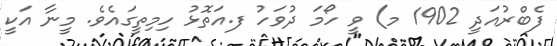
ފެބްރުއަދީ 1902 މ) ވީ ހޯމަ ދުވަހު ފ.އަތޮޅު ހިމިތީގައެވެ. މީނާ އަކީ